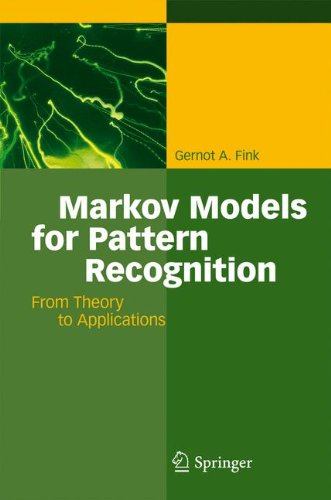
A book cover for Markov Models for Pattern Recognition: From Theory to Applications; Gernot A. Fink; Self-Help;